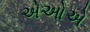
એઓએ